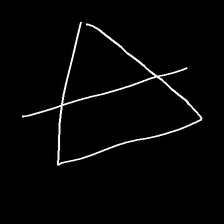
Glyph: empower